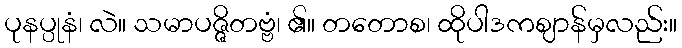
ပုနပ္ပုနံ၊ လဲ။ သမာပဇ္ဇိတဗ္ဗံ၊ ၏။ တတောစ၊ ထိုပါဒကဈာန်မှလည်း။